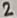
Text: 2